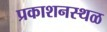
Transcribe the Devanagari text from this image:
प्रकाशनस्थळ